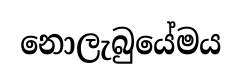
නොලැබුයේමය